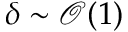
\delta \sim \mathcal { O } ( 1 )